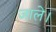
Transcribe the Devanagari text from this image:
जाले।